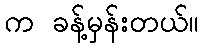
က ခန့်မှန်းတယ်။